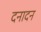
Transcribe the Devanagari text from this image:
दनादन